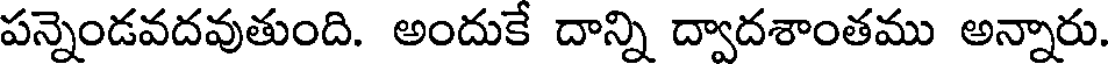
పన్నెండవదవుతుంది. అందుకే దాన్ని ద్వాదశాంతము అన్నారు.